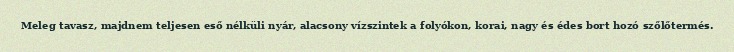
Meleg tavasz, majdnem teljesen eső nélküli nyár, alacsony vízszintek a folyókon, korai, nagy és édes bort hozó szőlőtermés.